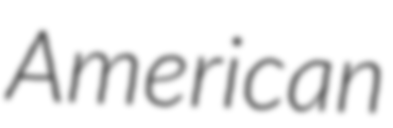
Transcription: American